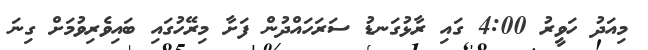
މިއަދު ހަވީރު 4:00 ގައި ރާޅުގަނޑު ސަރަހައްދުން ފަށާ މިރޭހުގައި ބައިވެރިވުމަށް ގިނަ